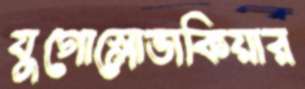
যুগোস্লোভাকিয়ার